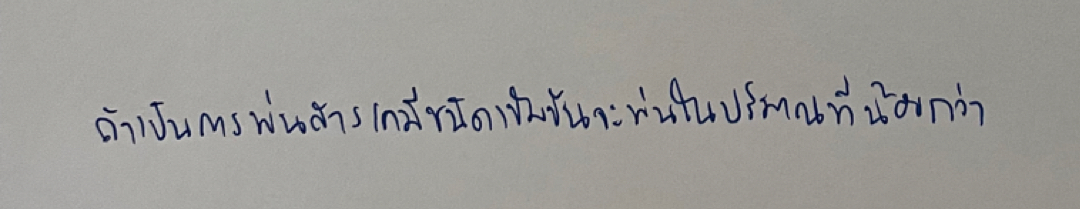
ถ้าเป็นการพ่นสารเคมีชนิดเข้มข้นจะพ่นในปริมาณที่น้อยกว่า